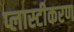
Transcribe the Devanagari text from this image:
प्लास्टीकरण